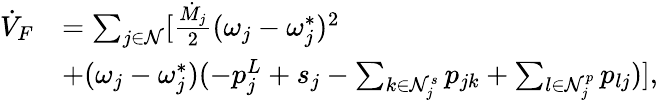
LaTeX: \begin{array}{rl}{\dot{V}_{F}}&{=\sum_{j\in\mathcal{N}}[\frac{\dot{M}_{j}}{2}(\omega_{j}-\omega_{j}^{*})^{2}}\\ &{+(\omega_{j}-\omega_{j}^{*})(-p_{j}^{L}+s_{j}-\sum_{k\in\mathcal{N}_{j}^{s}}p_{jk}+\sum_{l\in\mathcal{N}_{j}^{p}}p_{lj})],}\end{array}